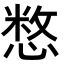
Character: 𢞽